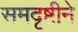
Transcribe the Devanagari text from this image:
समदृष्टीने